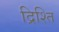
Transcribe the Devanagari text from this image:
द्रिश्ति